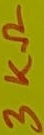
Text: 3KΩ